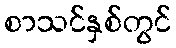
စာသင်နှစ်တွင်